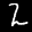
Label: 2